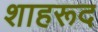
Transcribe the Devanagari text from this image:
शाहरूद